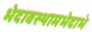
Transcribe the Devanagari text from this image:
भेदावस्थामभेदाभं